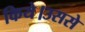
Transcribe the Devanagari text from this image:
किये।उससे